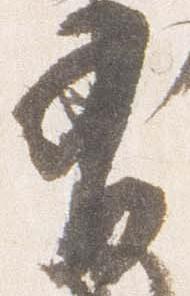
有